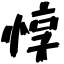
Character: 惇